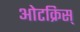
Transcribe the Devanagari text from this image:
ओटक्रिस्